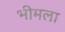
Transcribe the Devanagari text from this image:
भीमला